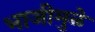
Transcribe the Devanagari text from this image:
भाजीमुळे